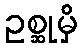
ဥစ္ဆုမှိ